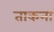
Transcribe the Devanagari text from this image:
ताकना